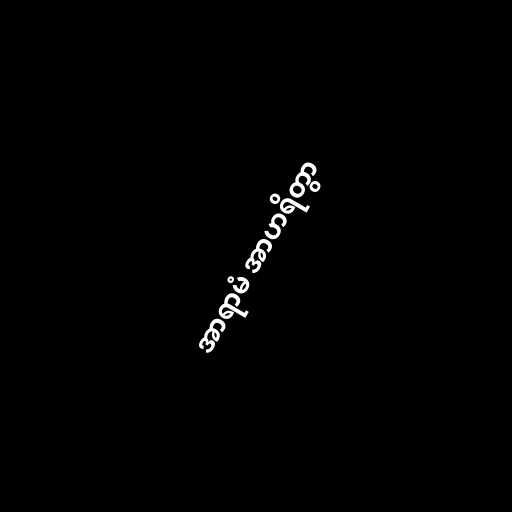
အာရာမံ အာဟရိတွာ